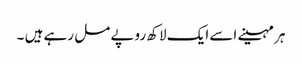
ہر مہینے اسے ایک لاکھ روپے مل رہے ہیں ۔